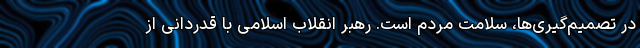
در تصمیم‌گیری‌ها، سلامت مردم است. رهبر انقلاب اسلامی با قدردانی از